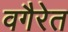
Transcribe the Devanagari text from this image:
वगैरेत